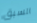
السبق